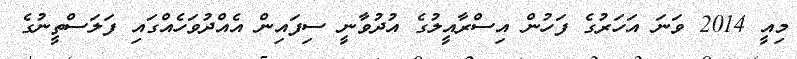
މިއީ 2014 ވަނަ އަހަރުގެ ފަހުން އިސްރާއީލުގެ އުދުވާނީ ސިފައިން އެއްދުވަހެއްގައި ފަލަސްތީނުގެ